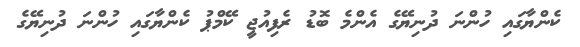
ކެންޔާގައި ހުންނަ ދުނިޔޭގެ އެންމެ ބޮޑު ރެފިއުޖީ ކޭމްޕު ކެންޔާގައި ހުންނަ ދުނިޔޭގެ